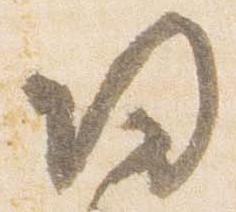
帰